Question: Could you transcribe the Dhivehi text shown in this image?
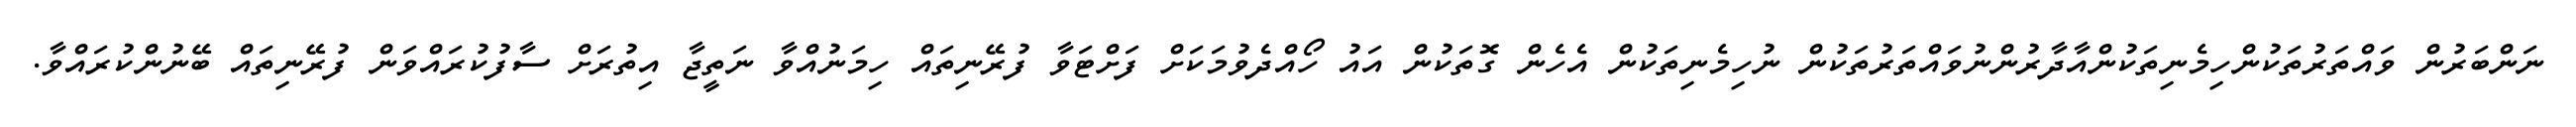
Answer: ނަންބަރުން ވައްތަރުތަކުންހިމެނިތަކުންއާދާރުންނުވައްތަރުތަކުން ނުހިމެނިތަކުން އެހެން ގޮތަކުން އައު ހޯއްދެވުމަކަށް ފަށްޓަވާ ފުރޭނިތައް ހިމަނުއްވާ ނަތީޖާ އިތުރަށް ސާފުކުރައްވަން ފުރޭނިތައް ބޭނުންކުރައްވާ.